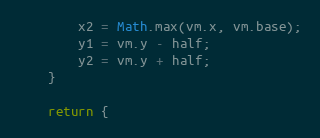
Language: JavaScript
		x2 = Math.max(vm.x, vm.base);
		y1 = vm.y - half;
		y2 = vm.y + half;
	}

	return {